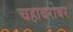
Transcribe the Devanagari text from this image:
चहाबरोबर